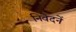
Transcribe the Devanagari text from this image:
निवेदनें